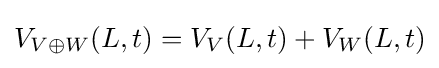
V_{V\oplus W}(L,t)=V_{V}(L,t)+V_{W}(L,t)